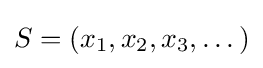
S=(x_{1},x_{2},x_{3},\dots )